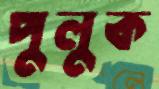
পুলুক